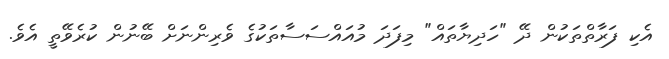
އެކި ފަރާތްތަކުން ދޭ "ހަދިޔާތައް" މިފަދަ މުއައްސަސާތަކުގެ ވެރިންނަށް ބޭނުން ކުރެވޭތީ އެވެ.